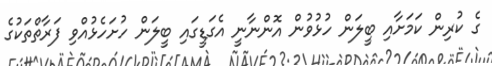
ގެ ކުރިން ކަމަށާއި ބީލަން ހުޅުވުން އޮންނާނީ އެގަޑީގައި ބީލަން ހުށަހެޅުއްވި ފަރާތްތަކުގެ